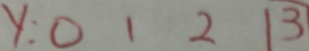
y : 0 1 2 1 3